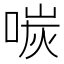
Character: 𪡩